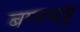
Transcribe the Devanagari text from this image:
बप्पभट्ट